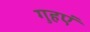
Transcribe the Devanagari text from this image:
गुहएं